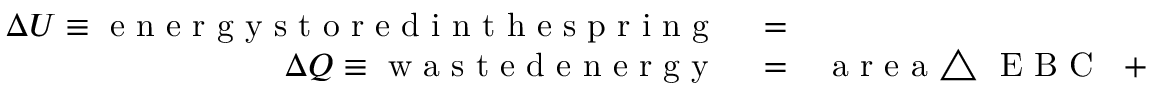
\begin{array} { r l r } { \Delta U \equiv \mathrm { ~ e ~ n ~ e ~ r ~ g ~ y ~ s ~ t ~ o ~ r ~ e ~ d ~ i ~ n ~ t ~ h ~ e ~ s ~ p ~ r ~ i ~ n ~ g ~ } } & { { } = } & { \mathrm { ~ a ~ r ~ e ~ a ~ \triangle ~ { ~ O ~ B ~ A ~ } ~ } } \\ { \Delta Q \equiv \mathrm { ~ w ~ a ~ s ~ t ~ e ~ d ~ e ~ n ~ e ~ r ~ g ~ y ~ } } & { { } = } & { \mathrm { ~ a ~ r ~ e ~ a ~ \triangle ~ { ~ E ~ B ~ C ~ } ~ } + \mathrm { ~ a ~ r ~ e ~ a ~ \triangle ~ { ~ O ~ E ~ D ~ } ~ } } \end{array}